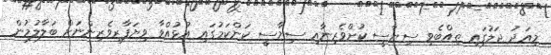
މިއަދު ޖަލުގައި ތިއްބެވި ސިޔާސީ ކުށްވެރިނާއި ސިޔާސީ ކަންކަމުގައި އުޅުއްވާ ވިޔަފާރިވެރިންނަށް ބަލާލުމުން